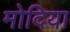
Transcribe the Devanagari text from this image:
मोदिया